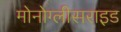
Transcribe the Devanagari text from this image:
मोनोग्लीसराइड